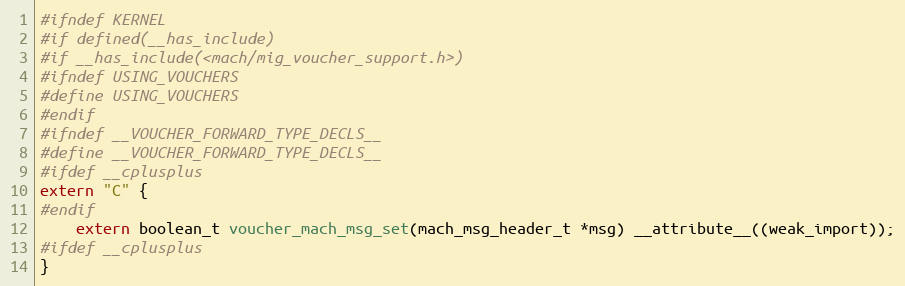
Language: C
#ifndef KERNEL
#if defined(__has_include)
#if __has_include(<mach/mig_voucher_support.h>)
#ifndef USING_VOUCHERS
#define USING_VOUCHERS
#endif
#ifndef __VOUCHER_FORWARD_TYPE_DECLS__
#define __VOUCHER_FORWARD_TYPE_DECLS__
#ifdef __cplusplus
extern "C" {
#endif
	extern boolean_t voucher_mach_msg_set(mach_msg_header_t *msg) __attribute__((weak_import));
#ifdef __cplusplus
}